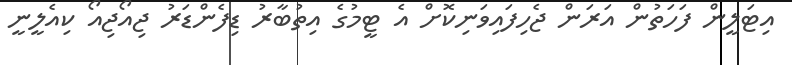
އިޓަލީން ފަހަތުން އަރަން ޖެހިފައިވަނިކޮށް އެ ޓީމުގެ އިތުބާރު ޑިފެންޑަރު ޖިއޯޖިއޯ ކިއެލީނީ